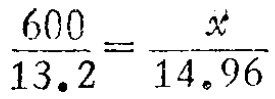
\(\frac{600}{13.2}=\frac{x}{14.96}\)